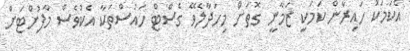
އެކަމަކު ހައިރާން ކަމަކީ ޒަމާނީ ގޮތަށް މިހަދާލެވޭ ގެސްޓް ހައުސްތަކާ އެކުވެސް މާފުށްޓަށް